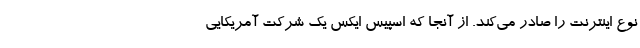
نوع اینترنت را صادر می‌کند. از آنجا که اسپیس ایکس یک شرکت آمریکایی